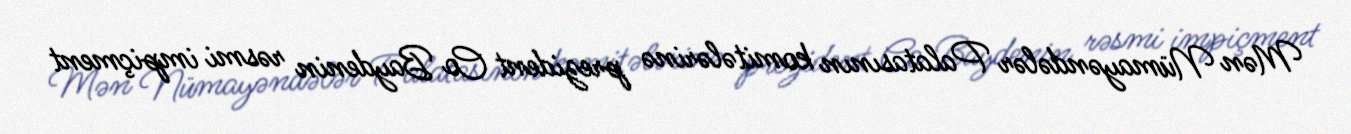
Mən Nümayəndələr Palatasının komitələrinə prezident Co Baydenin rəsmi impiçment